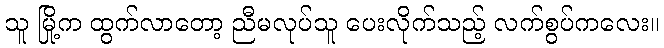
သူ မြို့က ထွက်လာတော့ ညီမလုပ်သူ ပေးလိုက်သည့် လက်စွပ်ကလေး။